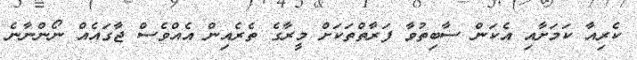
ކެރިއާ ކަމަށާއި އެކަން ސާބިތުވާ ފަރާތްތަކަށް މީރާގެ ތެރެއިން އެއްވެސް ޖާގައެއް ނޯންނާނެ